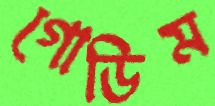
গোডিম